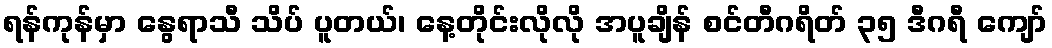
ရန်ကုန်မှာ နွေရာသီ သိပ် ပူတယ်၊ နေ့တိုင်းလိုလို အပူချိန် စင်တီဂရိတ် ၃၅ ဒီဂရီ ကျော်